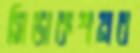
সিডাকশনব